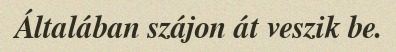
Általában szájon át veszik be.